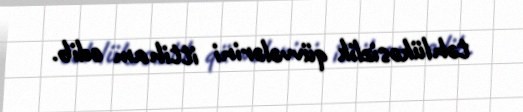
təhlükəsizlik qüvvələrini ittiham edib.